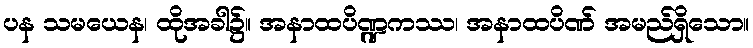
ပန သမယေန၊ ထိုအခါ၌။ အနာထပိဏ္ဍကဿ၊ အနာထပိဏ် အမည်ရှိသော။